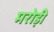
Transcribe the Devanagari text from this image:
मरोड़ी